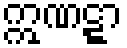
ဣဏဋ္ဋာ